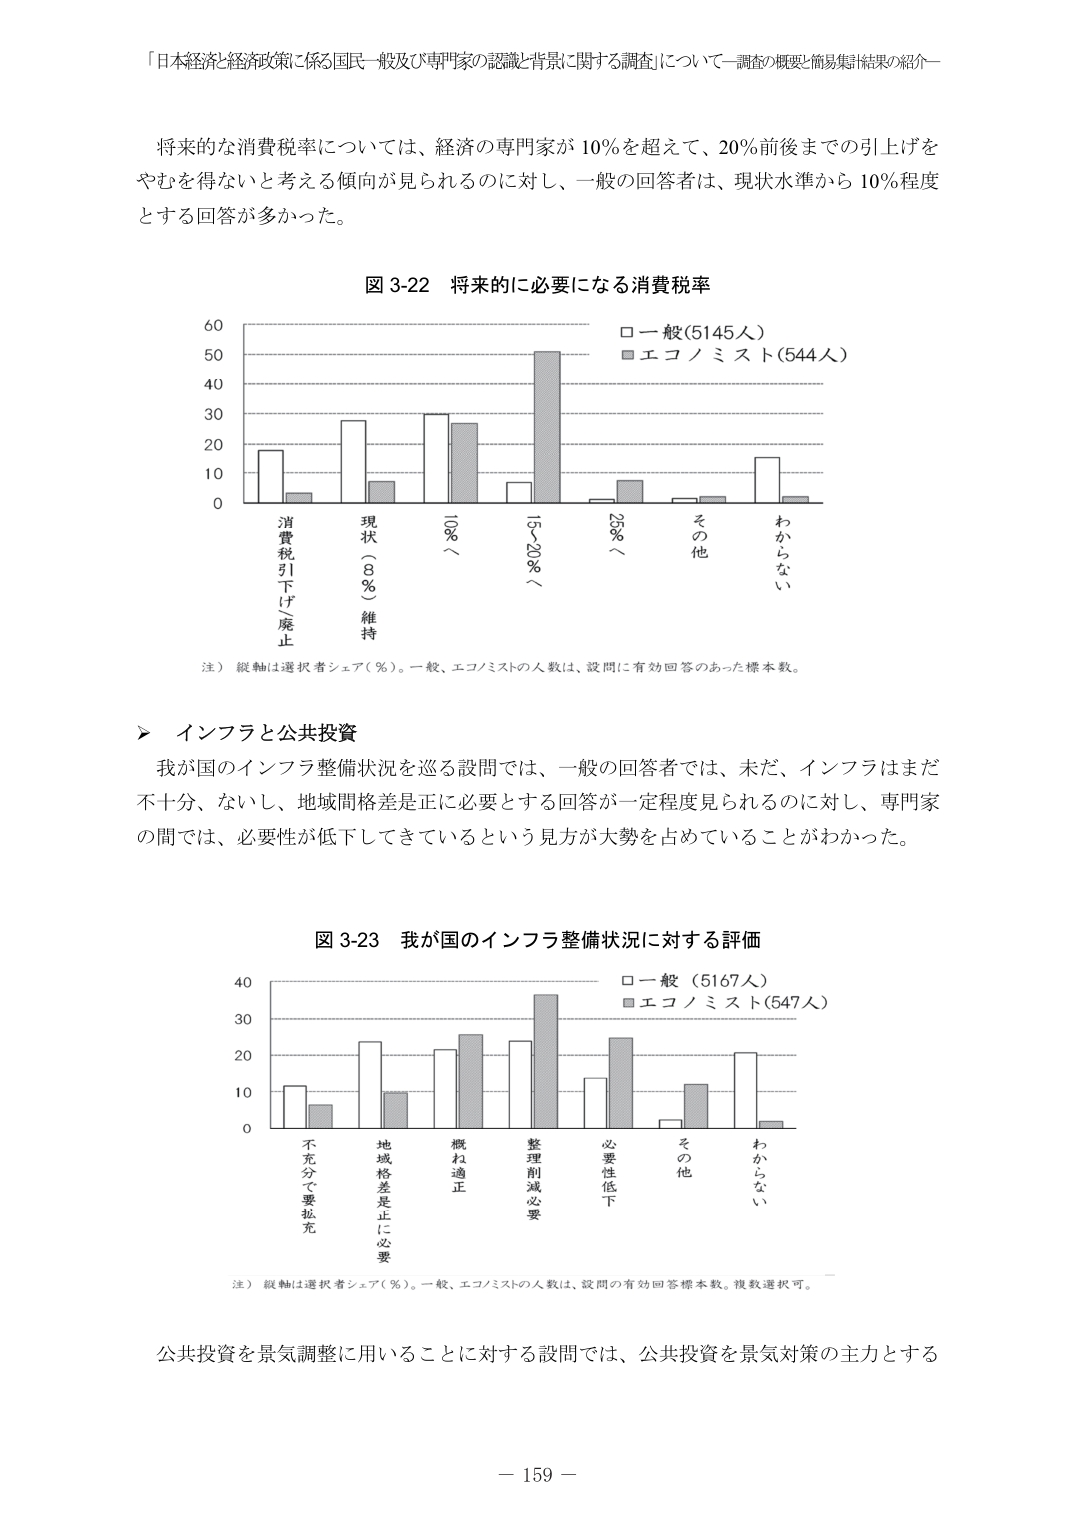
「日本経済と経済政策に係る国民一般及び専門家の認識と背景に関する調査」について―調査の概要と簡易集計結果の紹介―

将来的な消費税率については、経済の専門家が10％を超えて、20％前後までの引上げをやむを得ないと考える傾向が見られるのに対し、一般の回答者は、現状水準から10％程度とする回答が多かった。

図3-22 将来的に必要になる消費税率

□一般(5145人)
■エコノミスト(544人)

60
50
40
30
20
10
0

消費税引下げ廃止
現状（8％）維持
10％／
15～20％／
25％／
その他
わからない

注）縦軸は選択者シェア（％）。一般、エコノミストの人数は、設問に有効回答のあった標本数。

▶ インフラと公共投資

我が国のインフラ整備状況を巡る設問では、一般の回答者では、未だ、インフラはまだ不十分、ないし、地域間格差是正に必要とする回答が一定程度見られるのに対し、専門家の間では、必要性が低下してきているという見方が大勢を占めていることがわかった。

図3-23 我が国のインフラ整備状況に対する評価

□一般（5167人）
■エコノミスト(547人)

40
30
20
10
0

不充分で要拡充
地域格差是正に必要
概ね適正
整理削減必要
必要性低下
その他
わからない

注）縦軸は選択者シェア（％）。一般、エコノミストの人数は、設問の有効回答標本数。複数選択可。

公共投資を景気調整に用いることに対する設問では、公共投資を景気対策の主力とする

－159－